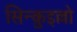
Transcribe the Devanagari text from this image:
सिन्क़ुइल्लो